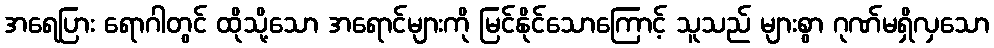
အရေပြား ရောဂါတွင် ထိုသို့သော အရောင်များကို မြင်နိုင်သောကြောင့် သူသည် များစွာ ဂုဏ်မရှိလှသော